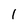
Character: l